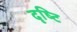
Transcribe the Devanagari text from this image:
दृष्‍टि